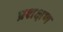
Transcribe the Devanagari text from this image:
प्रशक्षण